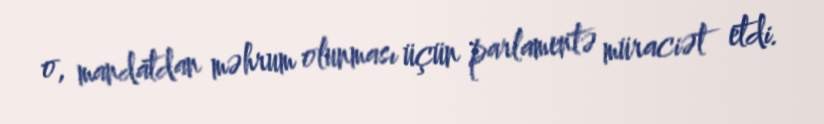
o, mandatdan məhrum olunması üçün parlamentə müraciət etdi.